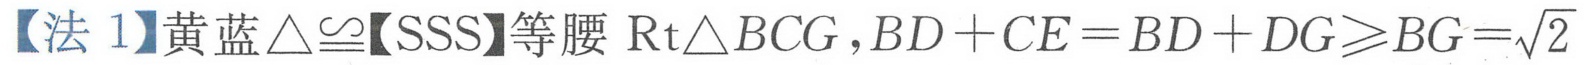
【法 1】黄蓝\(\triangle\cong\)【SSS】等腰 \(\text{Rt}\triangle BCG\)，\(BD + CE=BD + DG\geqslant BG=\sqrt{2}\)